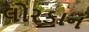
લોરકાન